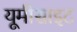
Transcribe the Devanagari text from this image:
यूमीसाइट